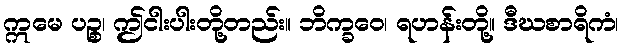
ဣမေ ပဉ္စ၊ ဤငါးပါးတို့တည်း။ ဘိက္ခဝေ၊ ရဟန်းတို့။ ဒီဃစာရိကံ၊